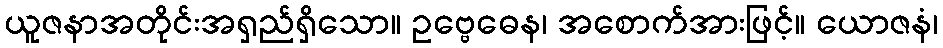
ယူဇနာအတိုင်းအရှည်ရှိသော။ ဥဗ္ဗေဓေန၊ အစောက်အားဖြင့်။ ယောဇနံ၊